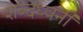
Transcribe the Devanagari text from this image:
शब्दध्वनी